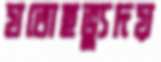
যতোহভ্যুদয়